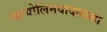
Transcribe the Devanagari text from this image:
व्हायोलिनवादकाला